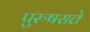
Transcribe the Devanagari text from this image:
पुरुषसत्ते